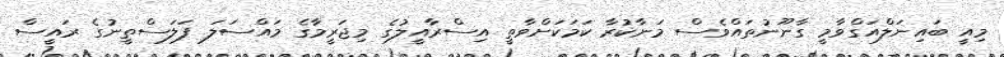
މިއީ ބައިނަލްއަގްވާމީ ގާނޫނުތައްވެސް މަނާކުރާ ކަމަކަށްވާތީ އިސްރާއީލުގެ މިޖަރީމާގެ މައްސަލަ ފަލަސްތީނުގެ ރައީސް